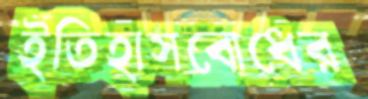
ইতিহাসবোধের